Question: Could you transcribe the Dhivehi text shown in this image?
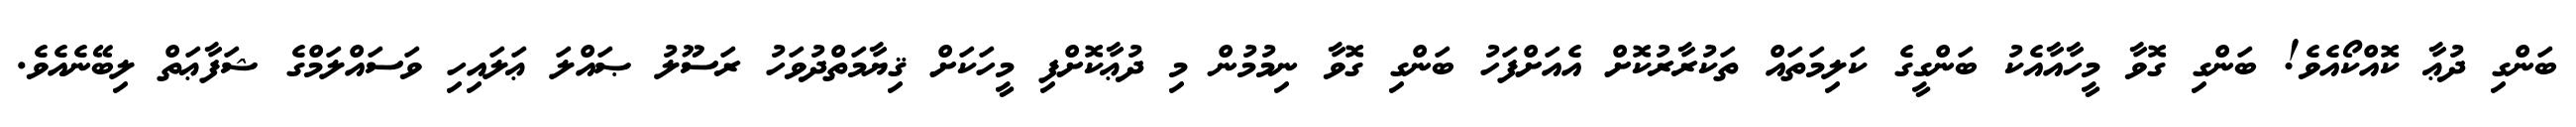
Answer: ބަންގި ދުޢާ ކޮއްކޯއެވެ! ބަންގި ގޮވާ މީހާއާއެކު ބަންގީގެ ކަލިމަތައް ތަކުރާރުކޮށް އެއަށްފަހު ބަންގި ގޮވާ ނިމުމުން މި ދުޢާކޮށްފި މީހަކަށް ޤިޔާމަތްދުވަހު ރަސޫލު ޞައްލަ ޢަލައިހި ވަސައްލަމްގެ ޝަފާޢަތް ލިބޭނެއެވެ.